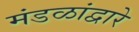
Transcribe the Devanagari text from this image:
मंडळांद्वारे